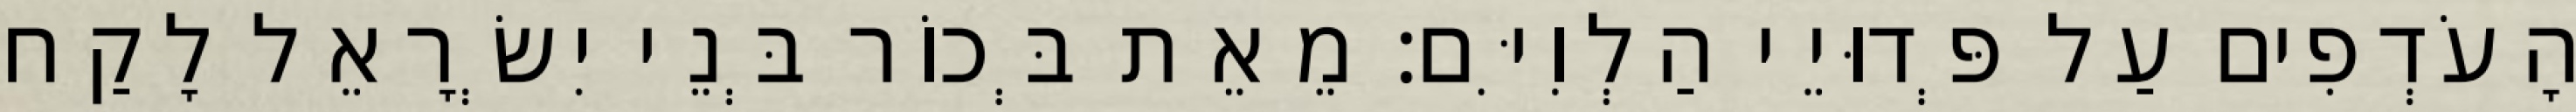
הָעֹדְפִים עַל פְּדוּיֵי הַלְוִיִּם׃ מֵאֵת בְּכוֹר בְּנֵי יִשְׂרָאֵל לָקַח